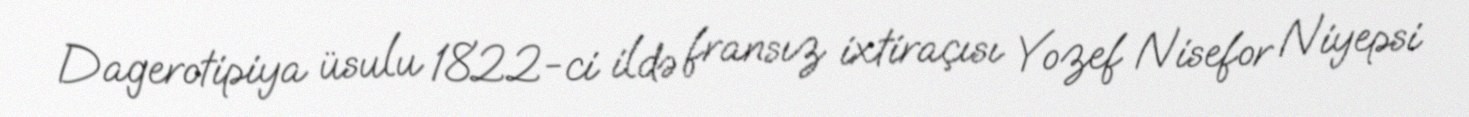
Dagerotipiya üsulu 1822-ci ildə fransız ixtiraçısı Yozef Nisefor Niyepsi